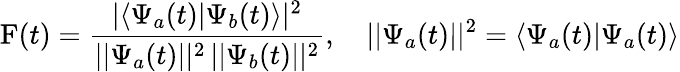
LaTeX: \mathrm{F}(t)=\frac{\vert\langle\Psi_{a}(t)\vert\Psi_{b}(t)\rangle\vert^{2}}{\vert\vert\Psi_{a}(t)\vert\vert^{2}\, \vert\vert\Psi_{b}(t)\vert\vert^{2}},\quad\vert\vert\Psi_{a}(t)\vert\vert^{2}=\langle\Psi_{a}(t)\vert\Psi_{a}(t)\rangle